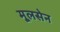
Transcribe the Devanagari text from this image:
मूलसेन